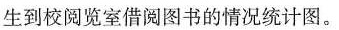
生到校阅览室借阅图书的情况统计图。